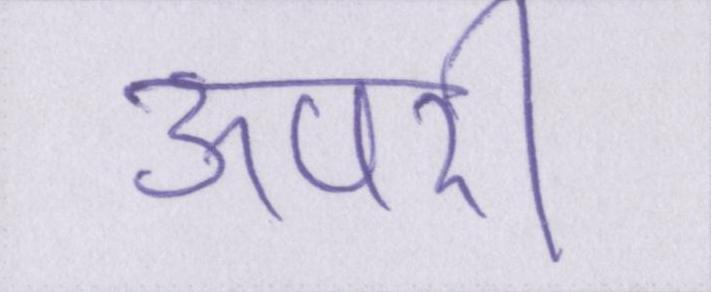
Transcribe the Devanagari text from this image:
ऊपरी